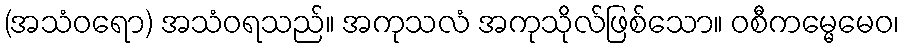
(အသံဝရော) အသံဝရသည်။ အကုသလံ အကုသိုလ်ဖြစ်သော။ ဝစီကမ္မေမေဝ၊